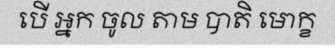
បើ អ្នក ចូល តាម បាតិ មោក្ខ